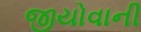
જીયોવાની